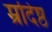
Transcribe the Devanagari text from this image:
म्रदिष्ठ